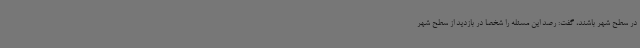
در سطح شهر باشند، گفت: رصد این مسئله را شخصا در بازدید از سطح شهر